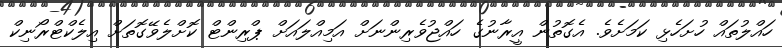
ހައްލުތައް ހުށަހެޅި ކަމަށެވެ. އެގޮތުން އީރާނުގެ ހައްޖުވެރިންނަށް އަމިއްލައަށް ޕްރިންޓް ކޮށްލެވޭގޮތަށް އިލެކްޓްރޯނިކް